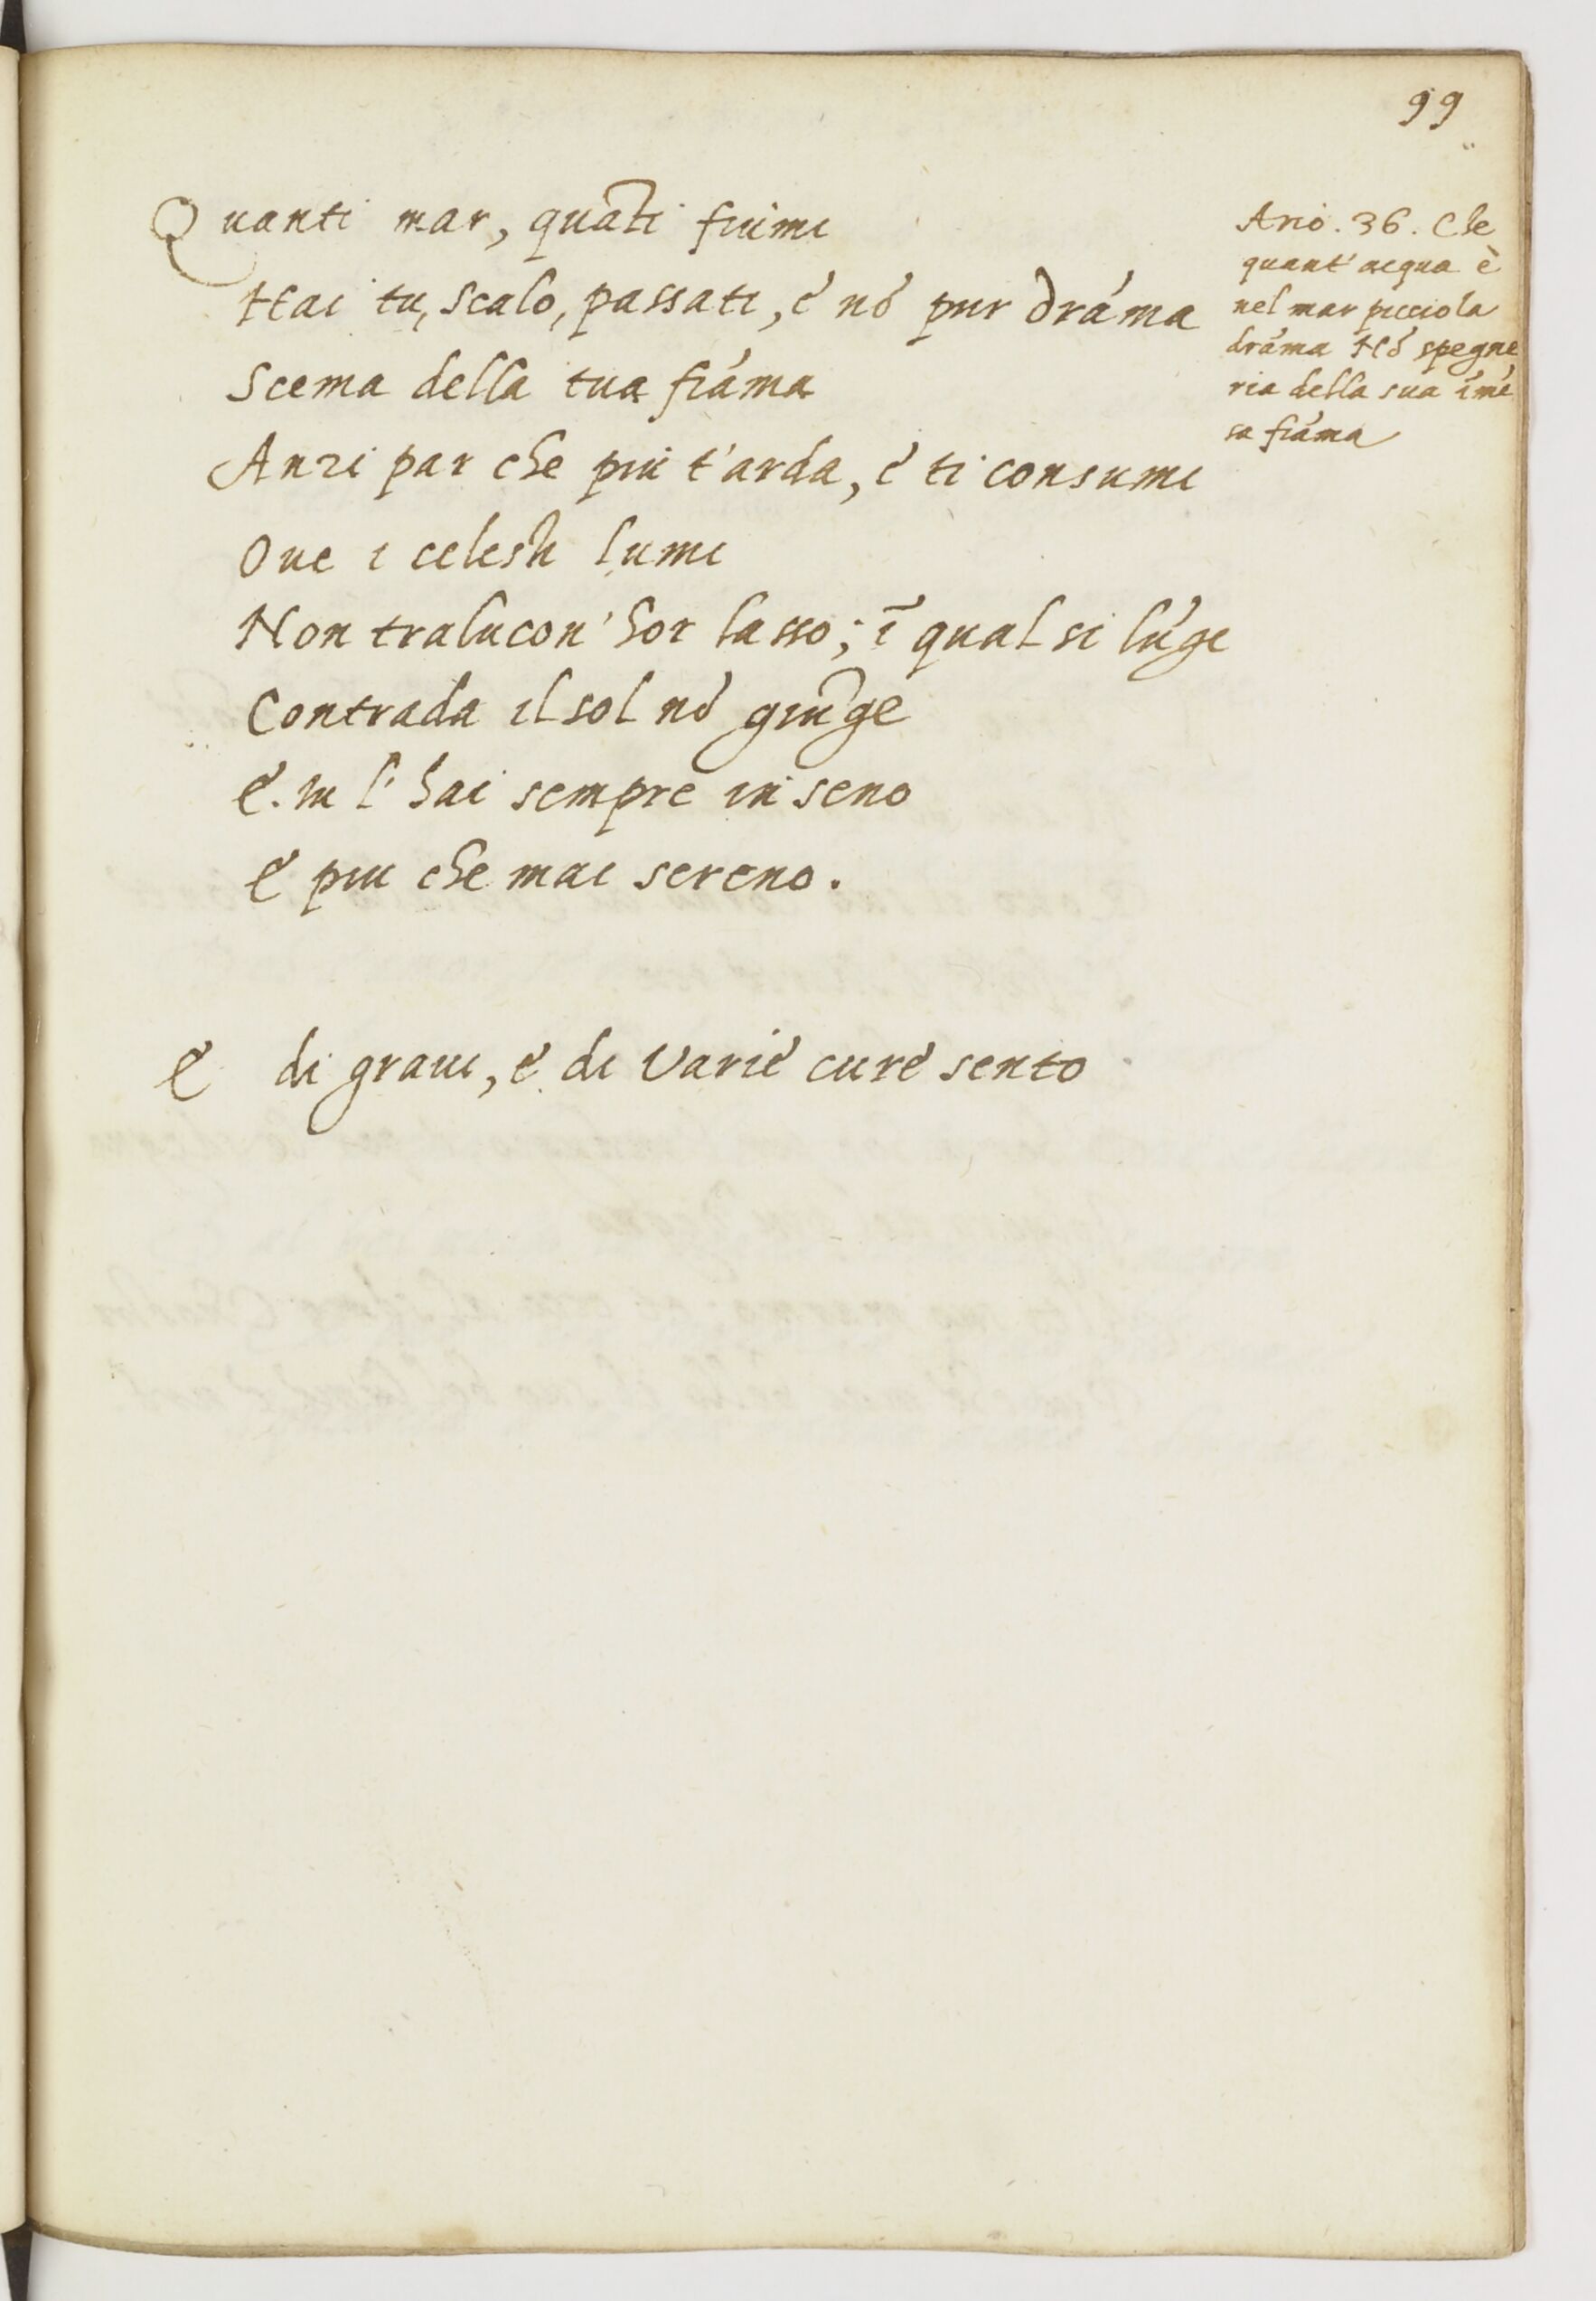
Shelfmark: Paris, BnF, ita. 1534
Century: 16